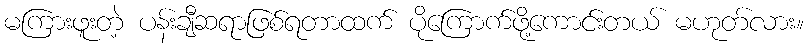
မကြားဖူးတဲ့ ပန်းချီဆရာဖြစ်ရတာထက် ပိုကြောက်ဖို့ကောင်းတယ် မဟုတ်လား။